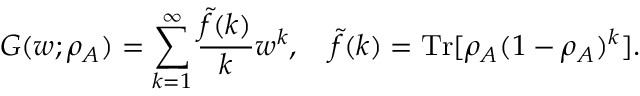
G ( w ; \rho _ { A } ) = \sum _ { k = 1 } ^ { \infty } \frac { \tilde { f } ( k ) } { k } w ^ { k } , \quad \tilde { f } ( k ) = \operatorname { T r } [ \rho _ { A } ( 1 - \rho _ { A } ) ^ { k } ] .